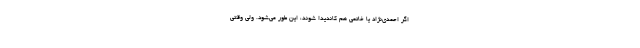
اگر احمدی‌نژاد یا خاتمی هم کاندیدا شوند، این طور می‌شود. ولی وقتی